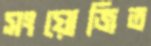
সংয়োজিত